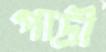
পাদ্রী